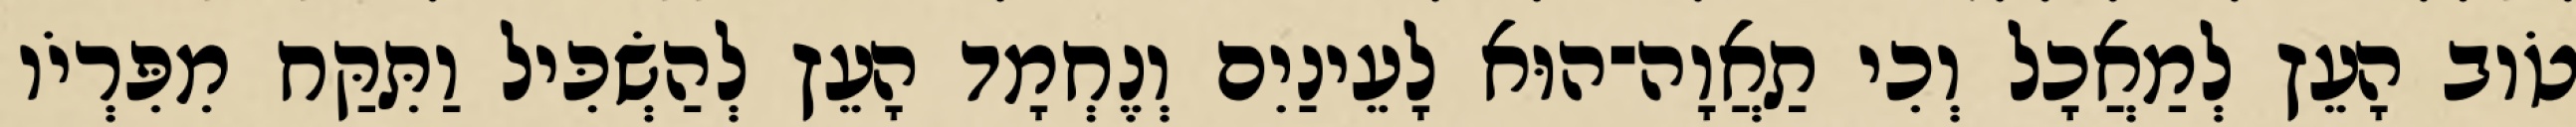
טֹוב הָעֵץ לְמַאֲכָל וְכִי תַאֲוָה־הוּא לָעֵינַיִם וְנֶחְמָד הָעֵץ לְהַשְׂכִּיל וַתִּקַּח מִפִּרְיֹו